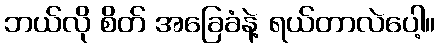
ဘယ်လို စိတ် အခြေခံနဲ့ ရယ်တာလဲပေါ့။